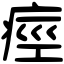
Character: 痙